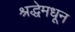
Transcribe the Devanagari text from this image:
श्रद्धेमधून